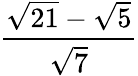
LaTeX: \frac{\sqrt{21}-\sqrt{5}}{\sqrt{7}}